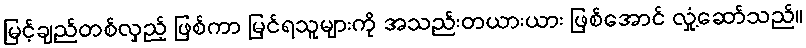
မြင့်ချည်တစ်လှည့် ဖြစ်ကာ မြင်ရသူများကို အသည်းတယားယား ဖြစ်အောင် လှုံ့ဆော်သည်။